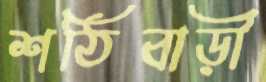
শঠিবাড়ী